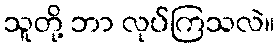
သူတို့ ဘာ လုပ်ကြသလဲ။